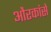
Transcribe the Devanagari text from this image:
औरकांसे